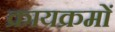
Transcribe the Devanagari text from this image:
क्रायक्रमों